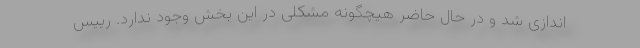
اندازی شد و در حال حاضر هیچگونه مشکلی در این بخش وجود ندارد. رییس